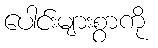
ပေါင်းများစွာကို